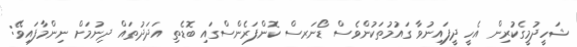
ޝަހީދުމީގެކުރިން އެހީ ދީފައިނުވާ ގައުމުތަކުންވެސް ޑޯނަރސް ކޮންފަރެންސްގައި ބޮޑެތި އަދަދުތައް ދިނުމަށް ނިންމާފައިވޭ: